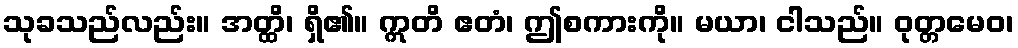
သုခသည်လည်း။ အတ္ထိ၊ ရှိ၏။ ဣတိ ဧတံ၊ ဤစကားကို။ မယာ၊ ငါသည်။ ဝုတ္တမေဝ၊